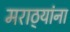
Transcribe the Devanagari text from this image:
मराठ्‍यांना